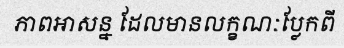
ភាពអាសន្ន ដែលមានលក្ខណៈប្លែកពី